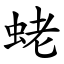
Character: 蛯